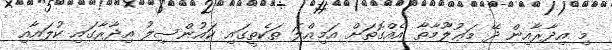
މި އިދާރާއިން ދޭ މަޢުލޫމާތާ އެއްގޮތަށް އަމިއްލަ ތަކެތީގައި ކައުންސިލު އިދާރާގައި ކުލައާއި